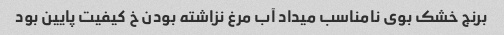
برنج خشک بوی نامناسب میداد آب مرغ نزاشته بودن خ کیفیت پایین بود